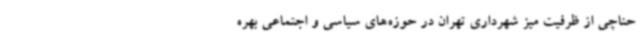
حناچی از ظرفیت میز شهرداری تهران در حوزه‌های سیاسی و اجتماعی بهره